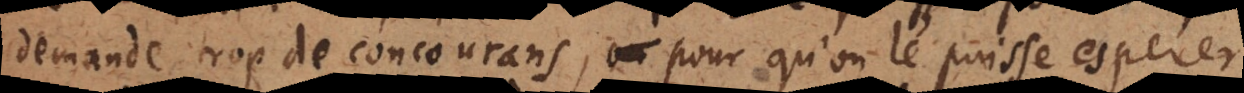
demande trop de concourans, pour qu’on le puisse esperer